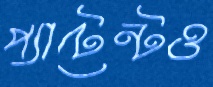
প্যাটেন্টও